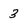
Character: 3